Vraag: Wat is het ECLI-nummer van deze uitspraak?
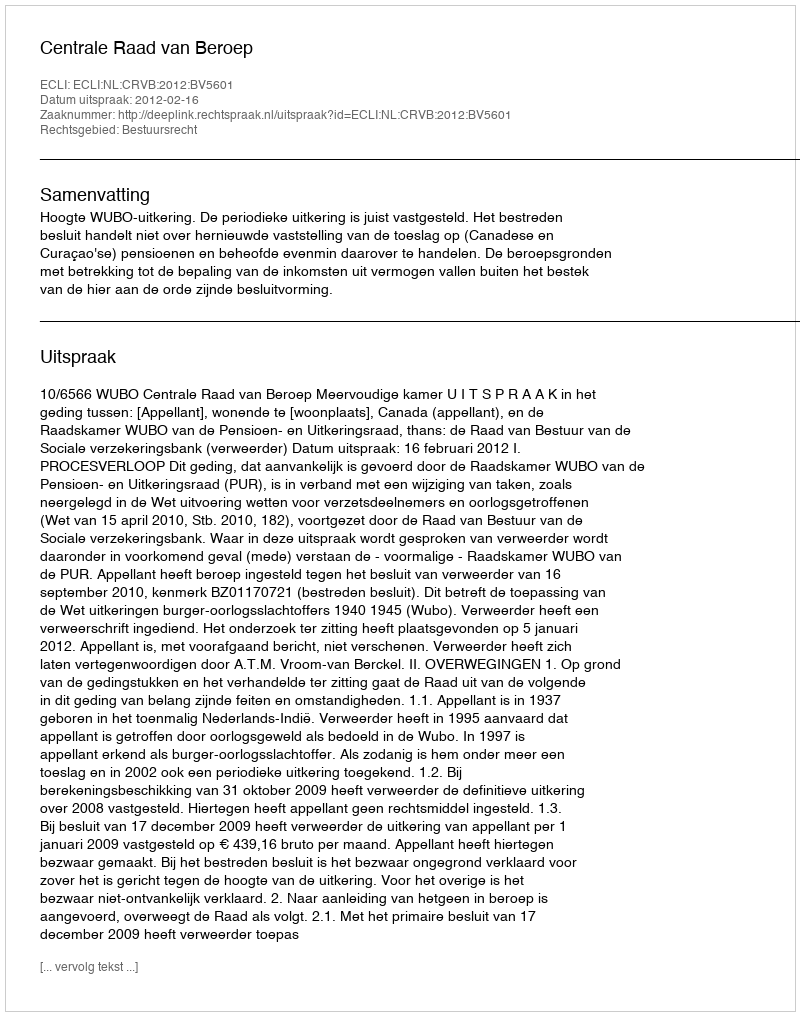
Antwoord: ECLI:NL:CRVB:2012:BV5601